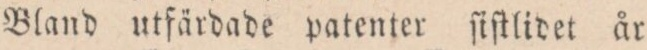
Bland utfärdade patenter ſiſtlidet år